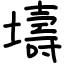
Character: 壔